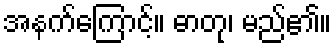
အနက်ကြောင့်။ ဓာတု၊ မည်၏။